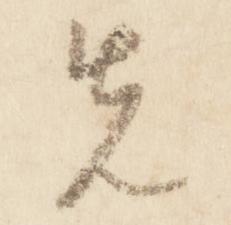
先